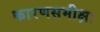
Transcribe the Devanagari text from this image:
कारणसमीक्षा